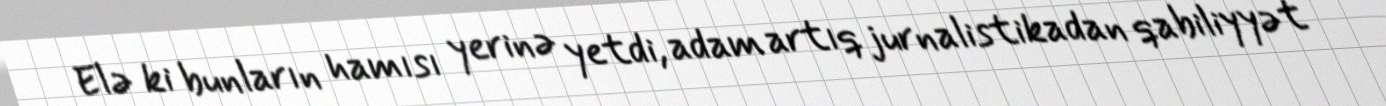
Elə ki bunların hamısı yerinə yetdi, adam artıq jurnalistikadan qabiliyyət